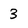
Character: 3